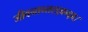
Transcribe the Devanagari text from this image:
जीवनान्तरद्वन्द्व।